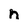
Character: n